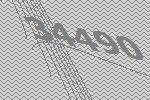
34490